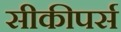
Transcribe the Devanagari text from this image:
सीकीपर्स